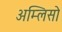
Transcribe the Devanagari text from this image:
अम्लिसो